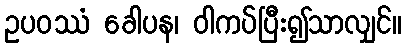
ဥပဝဿံ ခေါပန၊ ဝါကပ်ပြီး၍သာလျှင်။